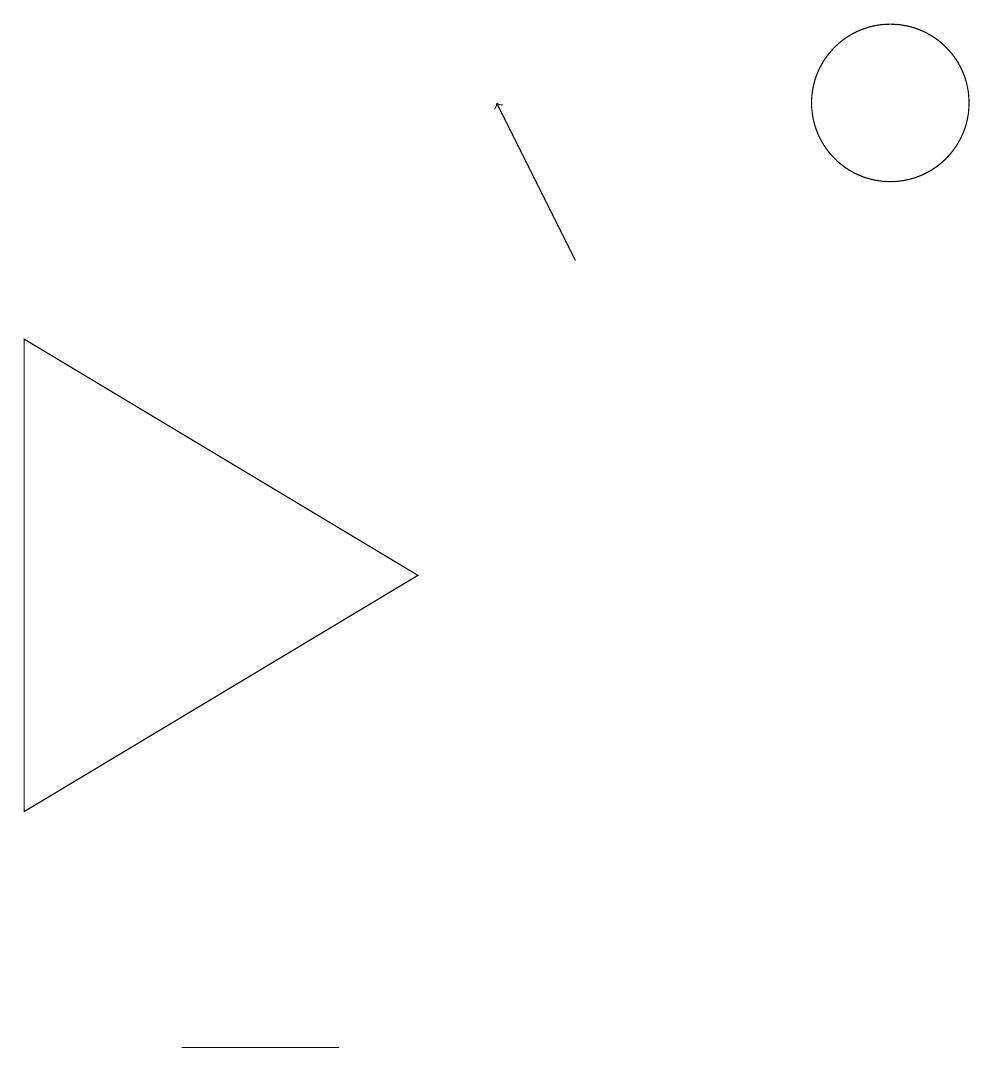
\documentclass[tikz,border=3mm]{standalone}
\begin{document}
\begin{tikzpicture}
\draw (4,0) -- (3,0) -- (2,0) -- cycle;
\draw[->] (7,10) -- (6,12);
\draw (11,12) circle (1);
\draw (0,3) -- (5,6) -- (0,9) -- cycle;
\draw (11,11) circle (0);
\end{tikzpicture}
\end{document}